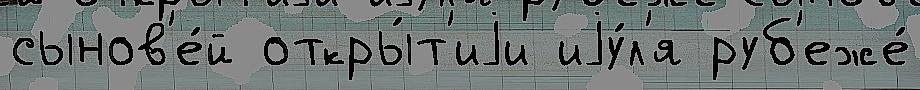
сынов'е́й откры́т'иjи иjу́л'я руб'еже́